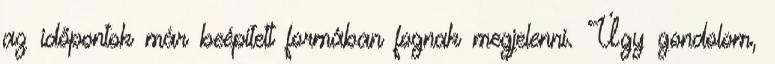
az időpontok már beépített formában fognak megjelenni. Úgy gondolom,